Annual statistical returns and brief notes on vaccination in Bengal - 1887-1898
Year: 1887
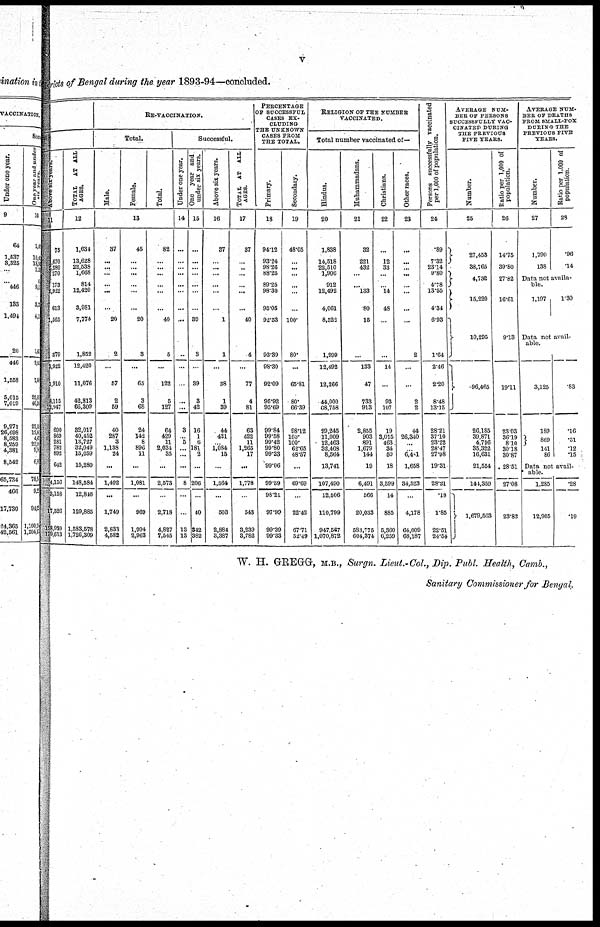
v
District of Bengal during the year 1893-94—concluded.
Above six years.
11
75
1,670
1,280
270
173
2,922
613
1,565
379
2,922
1,910
8,115
12,947
690
869
281
782
892
642
4,156
3,158
17,526
158,929
179,613
TOTAL
AT ALL
AGES.
12
1,634
13,628
22,538
1,668
814
12,420
3,981
7,774
1,852
12,420
11,076
42,813
66,309
32,017
40,452
13,727
32,049
15,059
15,280
148,584
12,846
129,885
1,583,578
1,726,309
RE-VACCINATION.
Total.
Male.
Female.
Total.
13
37
...
...
...
...
...
...
20
2
...
57
2
59
40
287
3
1,138
24
...
1,492
...
1,749
2,833
4,582
45
...
...
...
...
...
...
20
3
...
65
3
68
24
142
8
896
11
...
1,081
...
969
1,994
2,963
82
...
...
...
...
...
...
40
5
...
122
5
127
64
429
11
2,034
35
...
2,573
...
2,718
4,827
7,545
Successful.
Under one year.
14
...
...
...
...
...
...
...
...
...
...
...
...
...
3
...
5
...
...
...
8
...
...
13
13
One year and
under six years.
15
...
...
...
...
...
...
...
30
3
...
39
3
42
16
1
6
181
2
...
206
...
40
342
382
Above six years.
16
37
...
...
...
...
...
...
1
1
...
38
1
39
44
421
...
1,084
15
...
1,564
...
503
2,884
3,387
TOTAL AT ALL
AGES.
17
37
...
...
...
...
...
...
40
4
...
77
4
81
63
422
11
1,265
17
...
1,778
...
543
3,239
3,782
PERCENTAGE
OF SUCCESSFUL
CASES EX-
CLUDING
THE UNKNOWN
CASES FROM
THE TOTAL.
Primary.
18
94.12
93.24
98.26
88.25
89.25
98.30
95.05
92.53
93.39
98.30
92.09
95.92
95.69
99.84
99.58
99.42
99.80
99.33
99.06
99.59
98.21
97.99
99.39
99.33
Secondary.
19
48.05
...
...
...
...
...
...
100.
80.
...
65.81
80.
66.39
98.12
100.
100.
62.65
48.57
...
69.69
...
22.42
67.71
52.49
RELIGION OF THE NUMBER
VACCINATED.
Total number vaccinated of—
Hindus.
20
1,838
14,518
22,510
1,906
912
12,492
4,061
8,522
1,999
12,492
12,266
44,000
68,758
29,245
11,009
12,463
32,408
8,564
13,741
107,490
12,506
110,799
947,567
1,070,872
Muhammadans.
21
32
221
432
...
...
133
80
15
...
133
47
733
913
2,855
903
891
1,679
144
19
6,491
566
20,083
583,775
604,374
Christians.
22
...
12
33
...
...
14
48
...
...
14
...
93
107
19
3,015
463
34
50
18
3,599
14
885
5,360
6,259
Other races.
23
...
...
...
...
...
...
...
...
2
...
...
2
2
44
26,340
...
...
6,481
1,658
34,523
...
4,178
64,009
68,187
Persons successfully vaccinated
per 1,000 of population.
24
.89
7.32
23.14
9.80
4.78
13.55
4.34
6.93
1.64
2.46
2.20
8.48
13.15
28.21
37.10
23.22
28.47
27.98
19.31
28.21
.18
1.85
22.51
24.54
AVERAGE NUM-
--- OF PERSONS
SUCCESSFULLY VAC-
CINATED DURING
THE PREVIOUS
FIVE YEARS.
Number.
25
27,453
38,765
4,732
15,220
10,295
96,465
26,185
39,871
4,796
35,322
16,631
21,554
144,359
1,679,563
Ratio per 1,000 of
population.
26
14.75
39.80
27.82
16.61
9.13
19.11
23.03
36.19
8.10
30.18
30.87
28.51
27.08
23.82
AVERAGE NUM-
BER OF DEATHS
FROM SMALL-POX
DURING THE
PREVIOUS FIVE
YEARS.
Number.
27
1,790
138
Ratio per 1,000 of
population.
28
.96
.14
Data not availa-
ble.
1,197
1.30
Data not avail-
able.
3,125
189
869
141
86
.83
.16
.51
.12
.15
Data not avail-
able.
1,285
12,905
.28
.19
W. H. GREGG, M.B., Surgn. Lieut.-Col., Dip. Publ. Health, Camb.,
Sanitary Commissioner for Bengal.